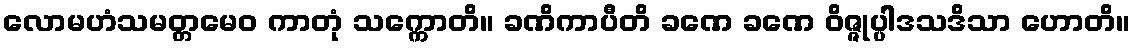
လောမဟံသမတ္တမေဝ ကာတုံ သက္ကောတိ။ ခဏိကာပီတိ ခဏေ ခဏေ ဝိဇ္ဇုပ္ပါဒသဒိသာ ဟောတိ။